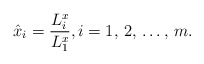
\begin{align*}\hat{x}_{i}=\frac{L_{i}^{x}}{L_{1}^{x}}, i=1,\thinspace 2,\thinspace \mathellipsis ,\thinspace m.\end{align*}